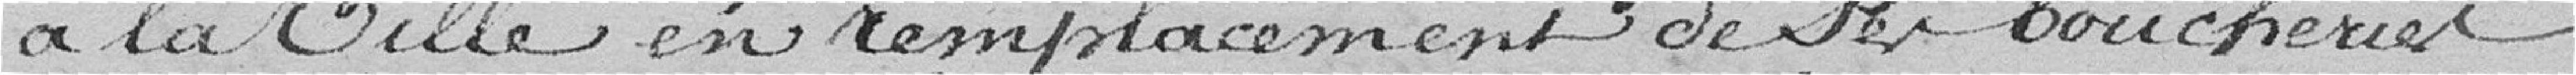
à la Ville en remplacement de ses boucheries